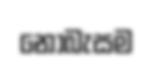
නොබැසම